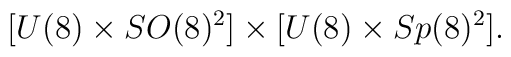
[U(8)\times SO(8)^2] \times [U(8)\times Sp(8)^2].